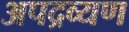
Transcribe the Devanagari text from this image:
अपद्रव्यण